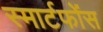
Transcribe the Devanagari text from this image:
स्मार्टफोंस